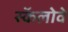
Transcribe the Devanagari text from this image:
स्कॅलोवे